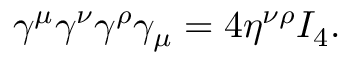
\gamma ^ { \mu } \gamma ^ { \nu } \gamma ^ { \rho } \gamma _ { \mu } = 4 \eta ^ { \nu \rho } I _ { 4 } .